Bulletin of the Pasteur Institute of Southern India, Coonoor - No. 2.
Year: 1909
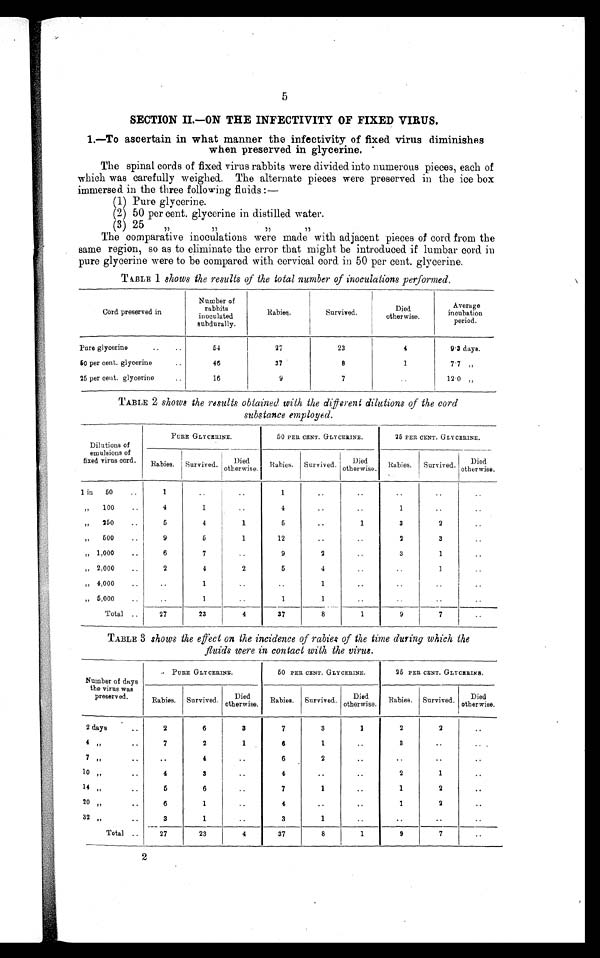
5
SECTION II.—ON THE INFECTIVITY OF FIXED VIRUS.
1.—To ascertain in what manner the infectivity of fixed virus diminishes
when preserved in glycerine.
The spinal cords of fixed virus rabbits were divided into numerous pieces, each of
which was carefully weighed. The alternate pieces were preserved in the ice box
immersed in the three following fluids:-
(1) Pure glycerine.
(2) 50 per cent. glycerine in distilled water.
(3) 25
The comparative inoculations were made with adjacent pieces of cord from the
same region, so as to eliminate the error that might be introduced if lumbar cord in
pure glycerine were to be compared with cervical cord in 50 per cent. glycerine.
T ABLE 1 shows the results of the total number of inoculations performed.
Cord preserved in
Number of
rabbits
in ocu l ted
a
subdurally.
Rabies.
Survived.
Died
other wise.
Average
incubation
period.
Pure glycerine..
..
27
23
4
9.3 days.
50 per cent. glycerine
46
37
8
1
7'7 „
25 per cent. glycerine
16
9
..
12.0 „
TABLE 2 shows the results obtained with the different dilutions of the cord
substance employed.
Dilutions of
emulsions of
fixed virus cord.
PURE GLYCERINE.
50 PER CENT. GLYCERINE.
25 PER CENT. GLYCERINE.
abies.
Rabies.
Survived.
Died
otherwise.
Rabies. Survived.
Died
otherwise,
Rabies. '
Survived.
_____
Died
otherwise.
1 in
50
..
„
100
..
„
250
..
„
500
..
„ 1,000
..
„ 2,000
..
„ 4,000
.
„ 5 , 0 0 0
1
4
5
9
6
2
..
..
..
4
6
4
1
1
..
..
1
1
..
2
- •
1
..
4
1
9
5
..
1
..
..
..
2
1
1
..
..
1
..
..
..
..
..
1
3
2
3
..
..
..
..
..
2
3
1
1
..
..
..
..
..
Total ..
27
23
4
37
8
1
9
7
..
TABLE 3 shows the effect on the incidence of rabies of the time during which the
fluids were in contact with the virus.
Number of days
the virus was
preserved.
PURE GLYCERINE.
50 PERCENT GLYCERINE.
25 PERCENT. GLYCERINE.
Rabies. Survived.
Died
otherwise. Rabies. Survived.
Died
otherwise. Rabies. Survived.
Died
otherwise.
2 days
..
4„
7
10
14
..
20
32 „
2
7
4
5
6
3
6
2
4
3 6
1 1
3
1
..
..
..
7
6
6
4
7
4
3
3
1
2
1
1
1
..
..
..
..
2
8
2
1
1
2
1
2
2
..
..
..
..
Total ..
27
23
4
37
8
1
9
7
..
2